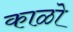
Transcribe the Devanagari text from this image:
काळो